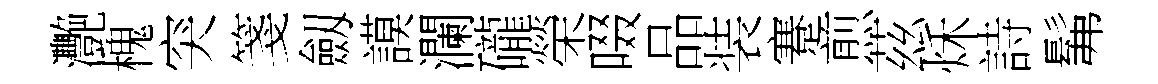
灧槐突箋劔謨瀾礲榮啜品装蹇煎茲秌詩髴